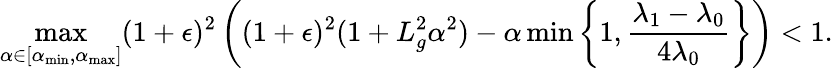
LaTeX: \operatorname*{max}_{\alpha\in[\alpha_{\operatorname*{min}},\alpha_{\operatorname*{max}}]}(1+\epsilon)^{2}\left((1+\epsilon)^{2}(1+L_{g}^{2}\alpha^{2})-\alpha\operatorname*{min}\left\{ 1,\frac{\lambda_{1}-\lambda_{0}}{4\lambda_{0}}\right\} \right)<1.